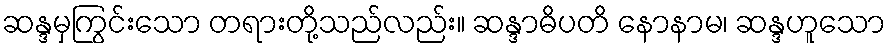
ဆန္ဒမှကြွင်းသော တရားတို့သည်လည်း။ ဆန္ဒာဓိပတိ နောနာမ၊ ဆန္ဒဟူသော